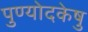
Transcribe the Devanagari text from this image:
पुण्योदकेषु